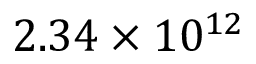
2 . 3 4 \times 1 0 ^ { 1 2 }